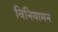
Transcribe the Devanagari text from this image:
विनियामन